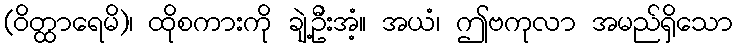
(ဝိတ္ထာရေမိ)၊ ထိုစကားကို ချဲ့ဦးအံ့။ အယံ၊ ဤဗကုလာ အမည်ရှိသော